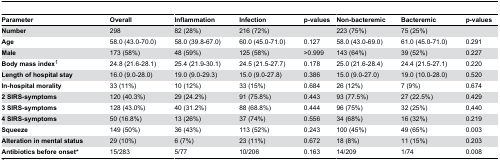
<table><thead><tr><td><b>Parameter</b></td><td><b>Overall</b></td><td><b>Inflammation</b></td><td><b>Infection</b></td><td><b>p-values</b></td><td><b>Non-bacteremic</b></td><td><b>Bacteremic</b></td><td><b>p-values</b></td></tr></thead><tbody><tr><td><b>Number</b></td><td>298</td><td>82 (28%)</td><td>216 (72%)</td><td></td><td>223 (75%)</td><td>75 (25%)</td><td></td></tr><tr><td><b>Age</b></td><td>58.0 (43.0-70.0)</td><td>58.0 (39.8-67.0)</td><td>60.0 (45.0-71.0)</td><td>0.127</td><td>58.0 (43.0-69.0)</td><td>61.0 (45.0-71.0)</td><td>0.291</td></tr><tr><td><b>Male</b></td><td>173 (58%)</td><td>48 (59%)</td><td>125 (58%)</td><td>&gt;0.999</td><td>143 (64%)</td><td>39 (52%)</td><td>0.227</td></tr><tr><td><b>Body mass index</b><sup>1</sup></td><td>24.8 (21.6-28.1)</td><td>25.4 (21.9-30.1)</td><td>24.5 (21.5-27.7)</td><td>0.178</td><td>25.0 (21.6-28.4)</td><td>24.4 (21.5-27.1)</td><td>0.220</td></tr><tr><td><b>Length of hospital stay</b></td><td>16.0 (9.0-28.0)</td><td>19.0 (9.0-29.3)</td><td>15.0 (9.0-27.8)</td><td>0.386</td><td>15.0 (9.0-27.0)</td><td>19.0 (10.0-28.0)</td><td>0.520</td></tr><tr><td><b>In-hospital morality</b></td><td>33 (11%)</td><td>10 (12%)</td><td>33 (15%)</td><td>0.684</td><td>26 (12%)</td><td>7 (9%)</td><td>0.674</td></tr><tr><td><b>2 SIRS-symptoms</b></td><td>120 (40.3%)</td><td>29 (24.2%)</td><td>91 (75.8%)</td><td>0.443</td><td>93 (77.5%)</td><td>27 (22.5%)</td><td>0.429</td></tr><tr><td><b>3 SIRS-symptoms</b></td><td>128 (43.0%)</td><td>40 (31.2%)</td><td>88 (68.8%)</td><td>0.444</td><td>96 (75%)</td><td>32 (25%)</td><td>0,440</td></tr><tr><td><b>4 SIRS-symptoms</b></td><td>50 (16.8%)</td><td>13 (26%)</td><td>37 (74%)</td><td>0.556</td><td>34 (68%)</td><td>16 (32%)</td><td>0.219</td></tr><tr><td><b>Squeeze</b></td><td>149 (50%)</td><td>36 (43%)</td><td>113 (52%)</td><td>0.243</td><td>100 (45%)</td><td>49 (65%)</td><td>0.003</td></tr><tr><td><b>Alteration in mental status</b></td><td>29 (10%)</td><td>6 (7%)</td><td>23 (11%)</td><td>0.672</td><td>18 (8%)</td><td>11 (15%)</td><td>0.203</td></tr><tr><td><b>Antibiotics before onset*</b></td><td>15/283</td><td>5/77</td><td>10/206</td><td>0.163</td><td>14/209 </td><td>1/74</td><td>0.008</td></tr></tbody></table>